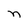
Character: n